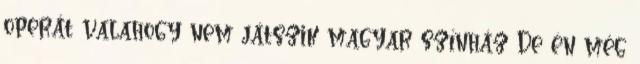
operát valahogy nem játszik magyar színház De én még